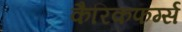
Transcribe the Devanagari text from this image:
कैरिकफर्ग्स